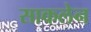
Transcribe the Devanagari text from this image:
साकलेन